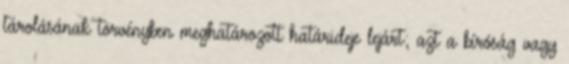
tárolásának törvényben meghatározott határideje lejárt; azt a bíróság vagy